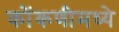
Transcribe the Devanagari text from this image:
कोंकणीमध्ये